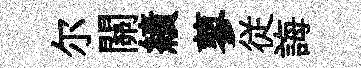
尔關績蓼従誨